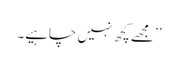
’’مجھے کچھ نہیں چاہیے۔